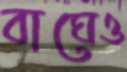
বাঘেও